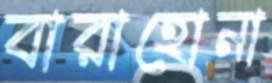
বারাহোনা